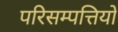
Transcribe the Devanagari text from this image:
परिसम्‍पत्तियों